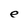
Character: e